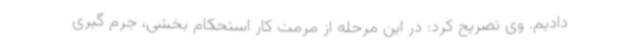
دادیم. وی تصریح کرد: در این مرحله از مرمت کار استحکام بخشی، جرم گیری